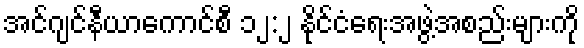
အင်ဂျင်နီယာကောင်စီ ၁၂:၂ နိုင်ငံရေးအဖွဲ့အစည်းများကို